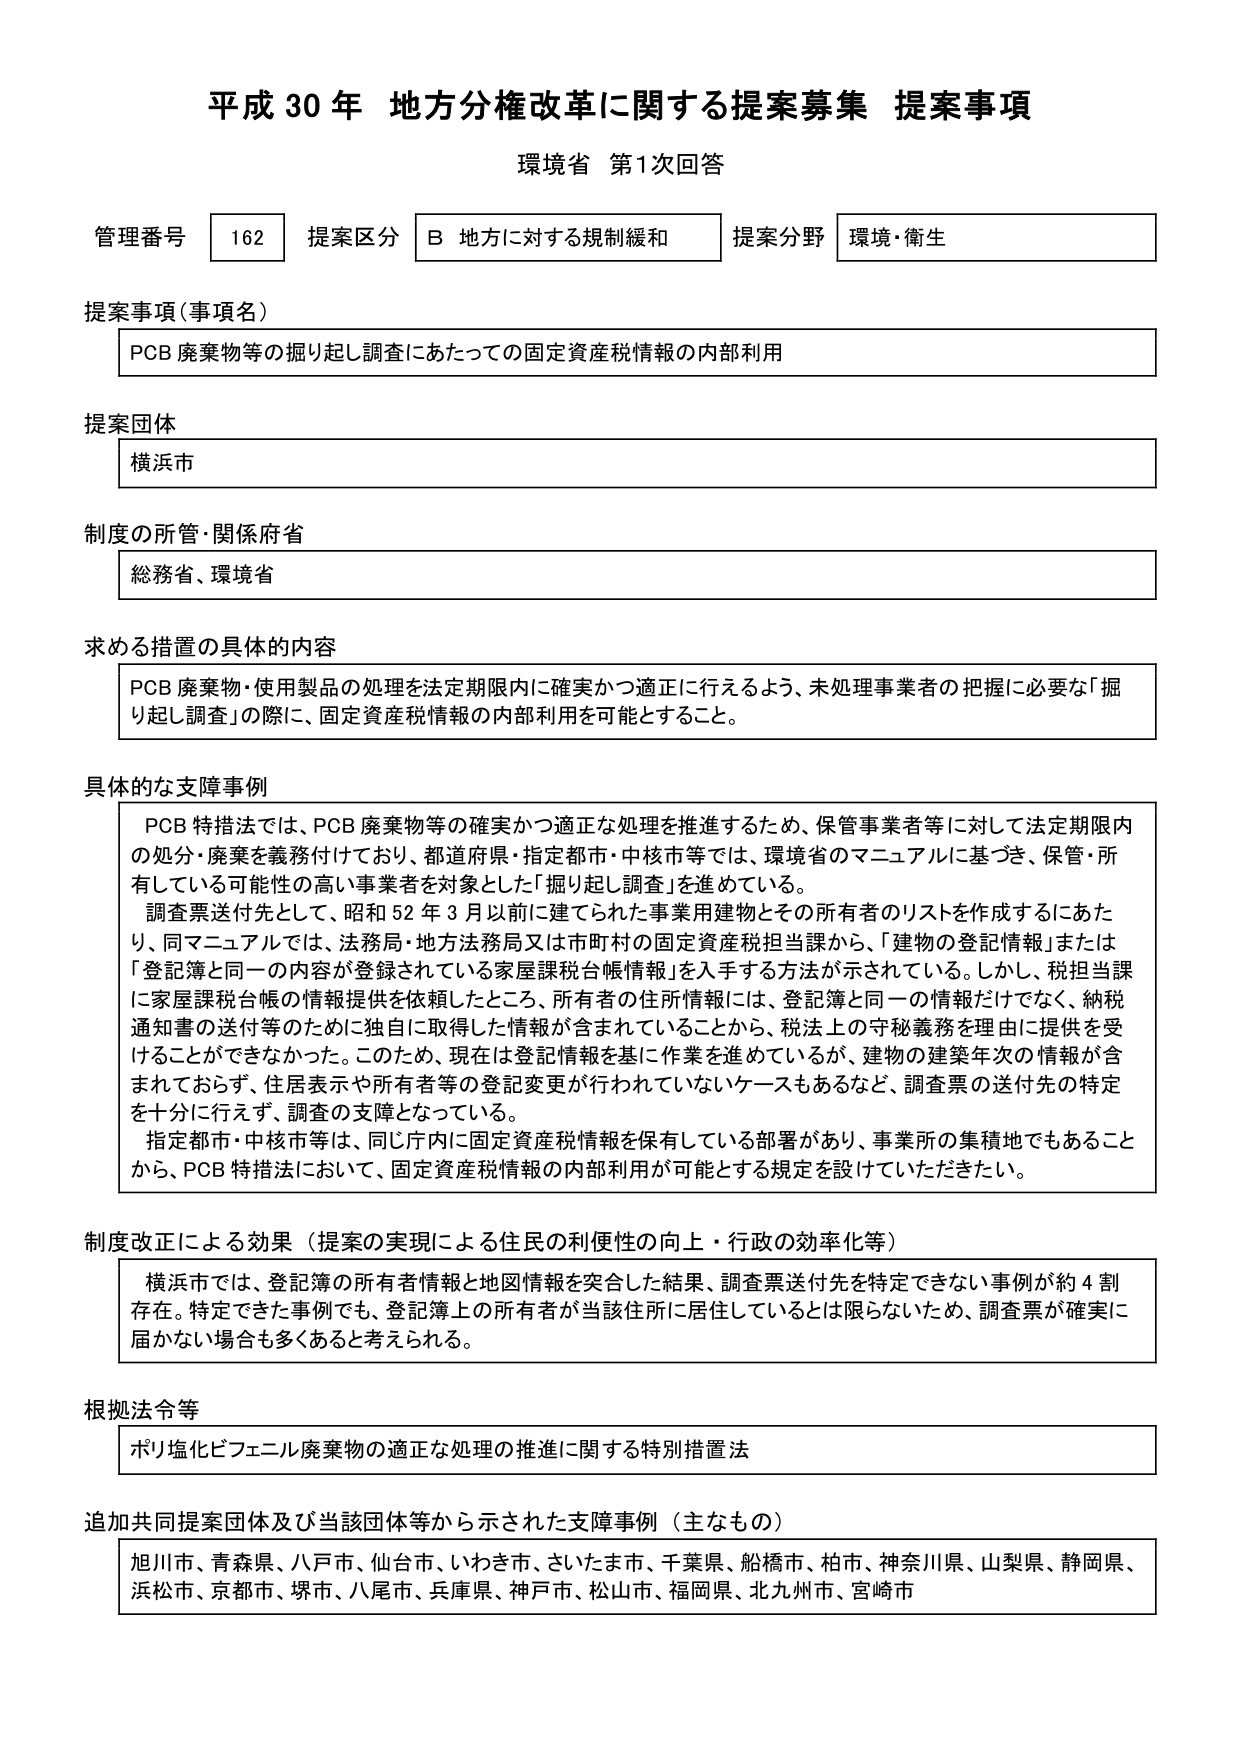
平成30年 地方分権改革に関する提案募集 提案事項
環境省 第1次回答

管理番号 162 提案区分 B 地方に対する規制緩和 提案分野 環境・衛生

提案事項（事項名）
PCB廃棄物等の掘り起し調査にあたっての固定資産税情報の内部利用

提案団体
横浜市

制度の所管・関係府省
総務省、環境省

求める措置の具体的な内容
PCB廃棄物・使用製品の処理を法定期限内に確実かつ適正に行えるよう、未処理事業者の把握に必要な「掘り起し調査」の際に、固定資産税情報の内部利用を可能とすること。

具体的な支障事例
PCB特措法では、PCB廃棄物等の確実かつ適正な処理を推進するため、保管事業者等に対して法定期限内の処分・廃棄を義務付けており、都道府県・指定都市・中核市等では、環境省のマニュアルに基づき、保管・所有している可能性の高い事業者を対象とした「掘り起し調査」を進めている。
調査票送付先として、昭和52年3月以前に建てられた事業用建物とその所有者のリストを作成するにあたり、同マニュアルでは、法務局・地方法務局又は市町村の固定資産税担当課から、「建物の登記情報」または「登記簿と同一の内容が登録されている家屋課税台帳情報」を入手する方法が示されている。しかし、税担当課に家屋課税台帳の情報提供を依頼したところ、所有者の住所情報には、登記簿と同一の情報だけでなく、納税通知書の送付等のために独自に取得した情報が含まれていることから、税法上の守秘義務を理由に提供を受けることができなかった。このため、現在は登記情報に基づいて作業を進めているが、建物の建築年次的情報が含まれておらず、住居表示や所有者等の登記変更が行われていないケースもあるなど、調査票の送付先の特定を十分に行えず、調査の支障となっている。
指定都市・中核市等は、同じ庁内に固定資産税情報を保有している部署があり、事業所の集積地でもあることから、PCB特措法において、固定資産税情報の内部利用が可能とする規定を設けていただきたい。

制度改正による効果（提案の実現による住民の利便性の向上・行政の効率化等）
横浜市では、登記簿の所有者情報と地図情報を突合した結果、調査票送付先を特定できない事例が約4割存在。特定できた事例でも、登記簿上の所有者が当該住所に居住しているとは限らないため、調査票が確実に届かない場合も多くあると考えられる。

根拠法令等
ポリ塩化ビフェニル廃棄物の適正な処理の推進に関する特別措置法

追加共同提案団体及び当該団体等から示された支障事例（主なもの）
旭川市、青森県、八戸市、仙台市、いわき市、さいたま市、千葉県、船橋市、柏市、神奈川県、山梨県、静岡県、浜松市、京都市、堺市、八尾市、兵庫県、神戸市、松山市、福岡県、北九州市、宮崎市